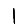
Digit: 1